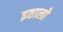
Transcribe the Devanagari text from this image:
इतालो